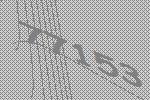
77153